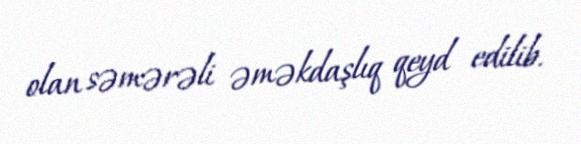
olan səmərəli əməkdaşlıq qeyd edilib.